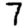
Digit: 7